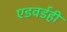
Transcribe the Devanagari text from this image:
एडवर्डही